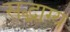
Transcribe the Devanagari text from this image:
सद्भाग्य